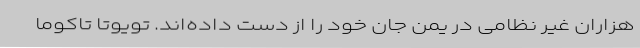
هزاران غیر نظامی در یمن جان خود را از دست داده‌اند. تویوتا تاکوما